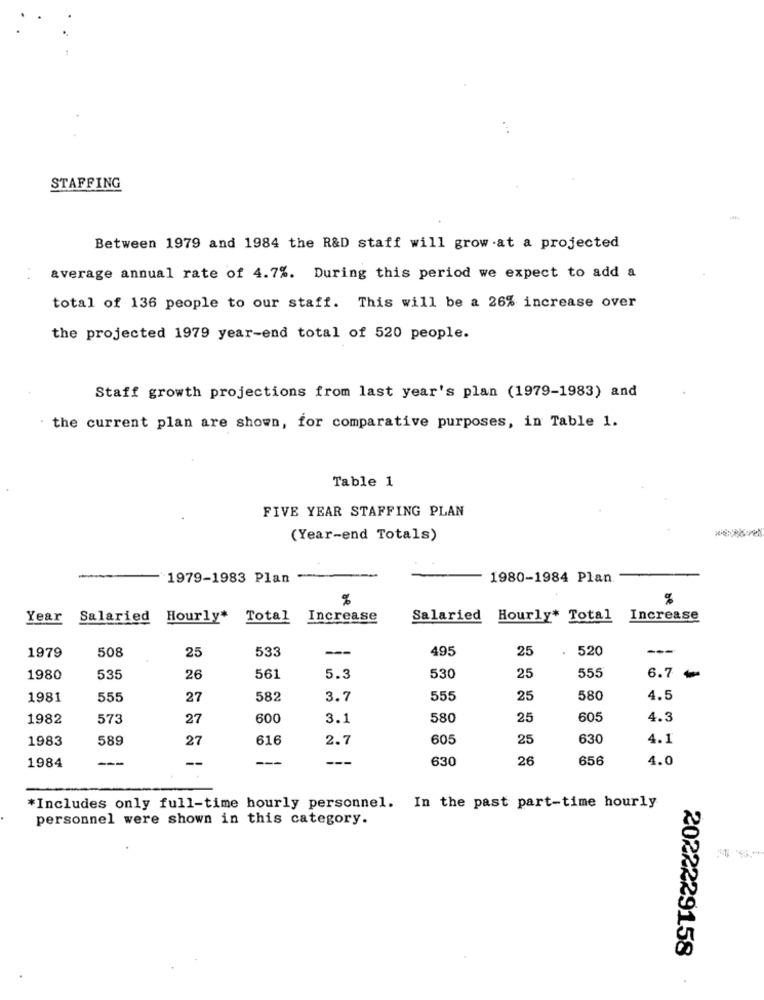
STAFFING
Between 1979 and 1984 the R&D staff will grow at a projected
average annual rate of 4.7%. During this period we expect to add a
total of 136 people to our staff. This will be a 26% increase over
the projected 1979 year-end total of 520 people.
Staff growth projections from last year's plan (1979-1983) and
the current plan are shown, for comparative purposes, in Table 1.
Table 1
FIVE YEAR STAFFING PLAN
(Year-end Totals)
1979-1983 Plan
1980-1984 Plan.
%
%
Year Salaried
Hourly*
Total
Increase
Salaried
Hourly* Total
Increase
1979
25
533
495
25
520
508
555
6.7
1980
535
26
561
5.3
530
25
-
1981
555
27
582
3.7
555
25
580
4.5
1982
573
27
600
3.1
580
25
605
4.3
1983
589
27
616
2.7
605
25
630
4.1
---
--
---
630
26
656
4.0
1984
*Includes only full-time hourly personnel. In the past part-time hourly
personnel were shown in this category.
2022229158